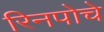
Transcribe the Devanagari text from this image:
रिनपोचे